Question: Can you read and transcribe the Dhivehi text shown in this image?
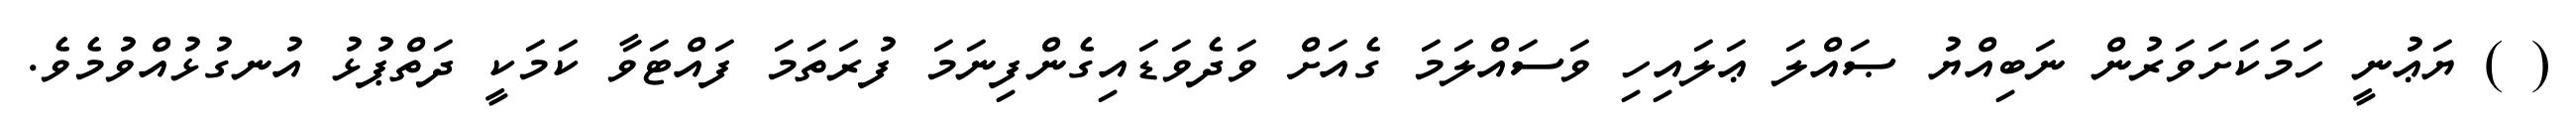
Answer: ( ) ޔަޢުނީ ހަމަކަށަވަރުން ނަބިއްޔު ޞައްލަ ޢަލައިހި ވަސައްލަމަ ގެއަށް ވަދެވަޑައިގެންފިނަމަ ފުރަތަމަ ފައްޓަވާ ކަމަކީ ދަތްޕުޅު އުނގުޅުއްވުމެވެ.